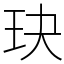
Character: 玦